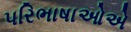
પરિભાષાઓએ